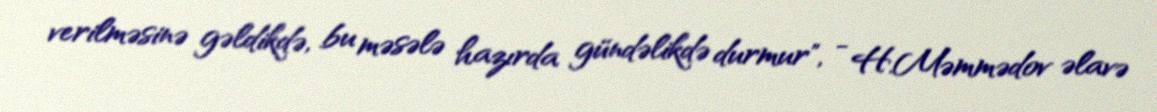
verilməsinə gəldikdə, bu məsələ hazırda gündəlikdə durmur", - H.Məmmədov əlavə